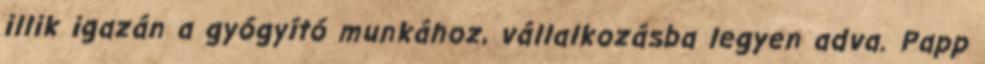
illik igazán a gyógyító munkához, vállalkozásba legyen adva. Papp